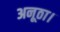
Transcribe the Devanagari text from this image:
अनूठा।